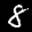
Label: 8